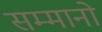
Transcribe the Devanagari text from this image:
सम्मानो